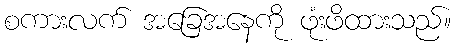
စကားလက် အခြေအနေကို ဖုံးဖိထားသည်။